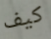
كيف